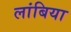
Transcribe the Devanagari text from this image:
लांबिया